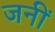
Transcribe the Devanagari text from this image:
जनीं